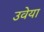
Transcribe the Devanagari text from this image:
उवेया